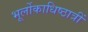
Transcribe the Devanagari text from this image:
भूर्लोकाधिष्ठात्रीं